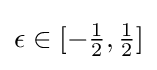
\epsilon \in [-{\tfrac {1}{2}},{\tfrac {1}{2}}]